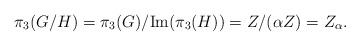
LaTeX: \begin{align*}\pi_3 (G/H) = \pi_3(G)/\mbox{Im}(\pi_3(H)) = Z/(\alpha Z) = Z_\alpha.\end{align*}